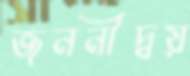
জননীদ্বয়